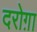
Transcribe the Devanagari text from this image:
दरोग़ा